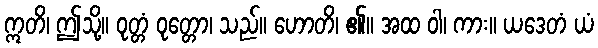
ဣတိ၊ ဤသို့။ ဝုတ္တံ ဝုတ္တော၊ သည်။ ဟောတိ၊ ၏။ အထ ဝါ၊ ကား။ ယဒေတံ ယံ